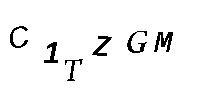
C1TZGM